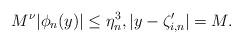
LaTeX: \begin{align*}M^{\nu}\vert \phi_n(y)\vert\leq \eta_n^3, \vert y-\zeta_{i,n}^\prime\vert =M.\end{align*}